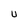
Character: U